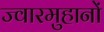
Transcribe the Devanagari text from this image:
ज्वारमुहानों